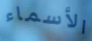
الأسماء